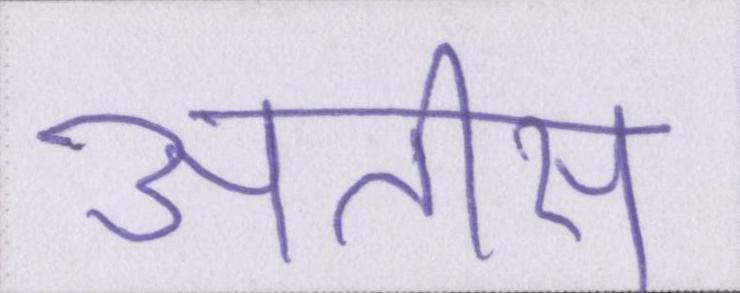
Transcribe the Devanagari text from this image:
अतीस